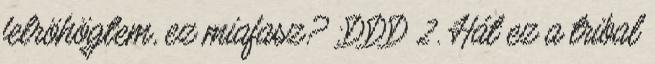
felröhögtem, ez miafasz? :DDD 2. Hát ez a tribal